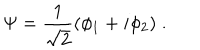
LaTeX: \Psi = \frac { 1 } { \sqrt { 2 } } ( \phi _ { 1 } + i \phi _ { 2 } ) \; .